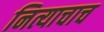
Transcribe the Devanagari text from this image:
नित्याचाच